DOW-UAP-D48, Department of the Air Force Report, 1996
Agency: Department of War
Incident date: 9/10/96
Page 101
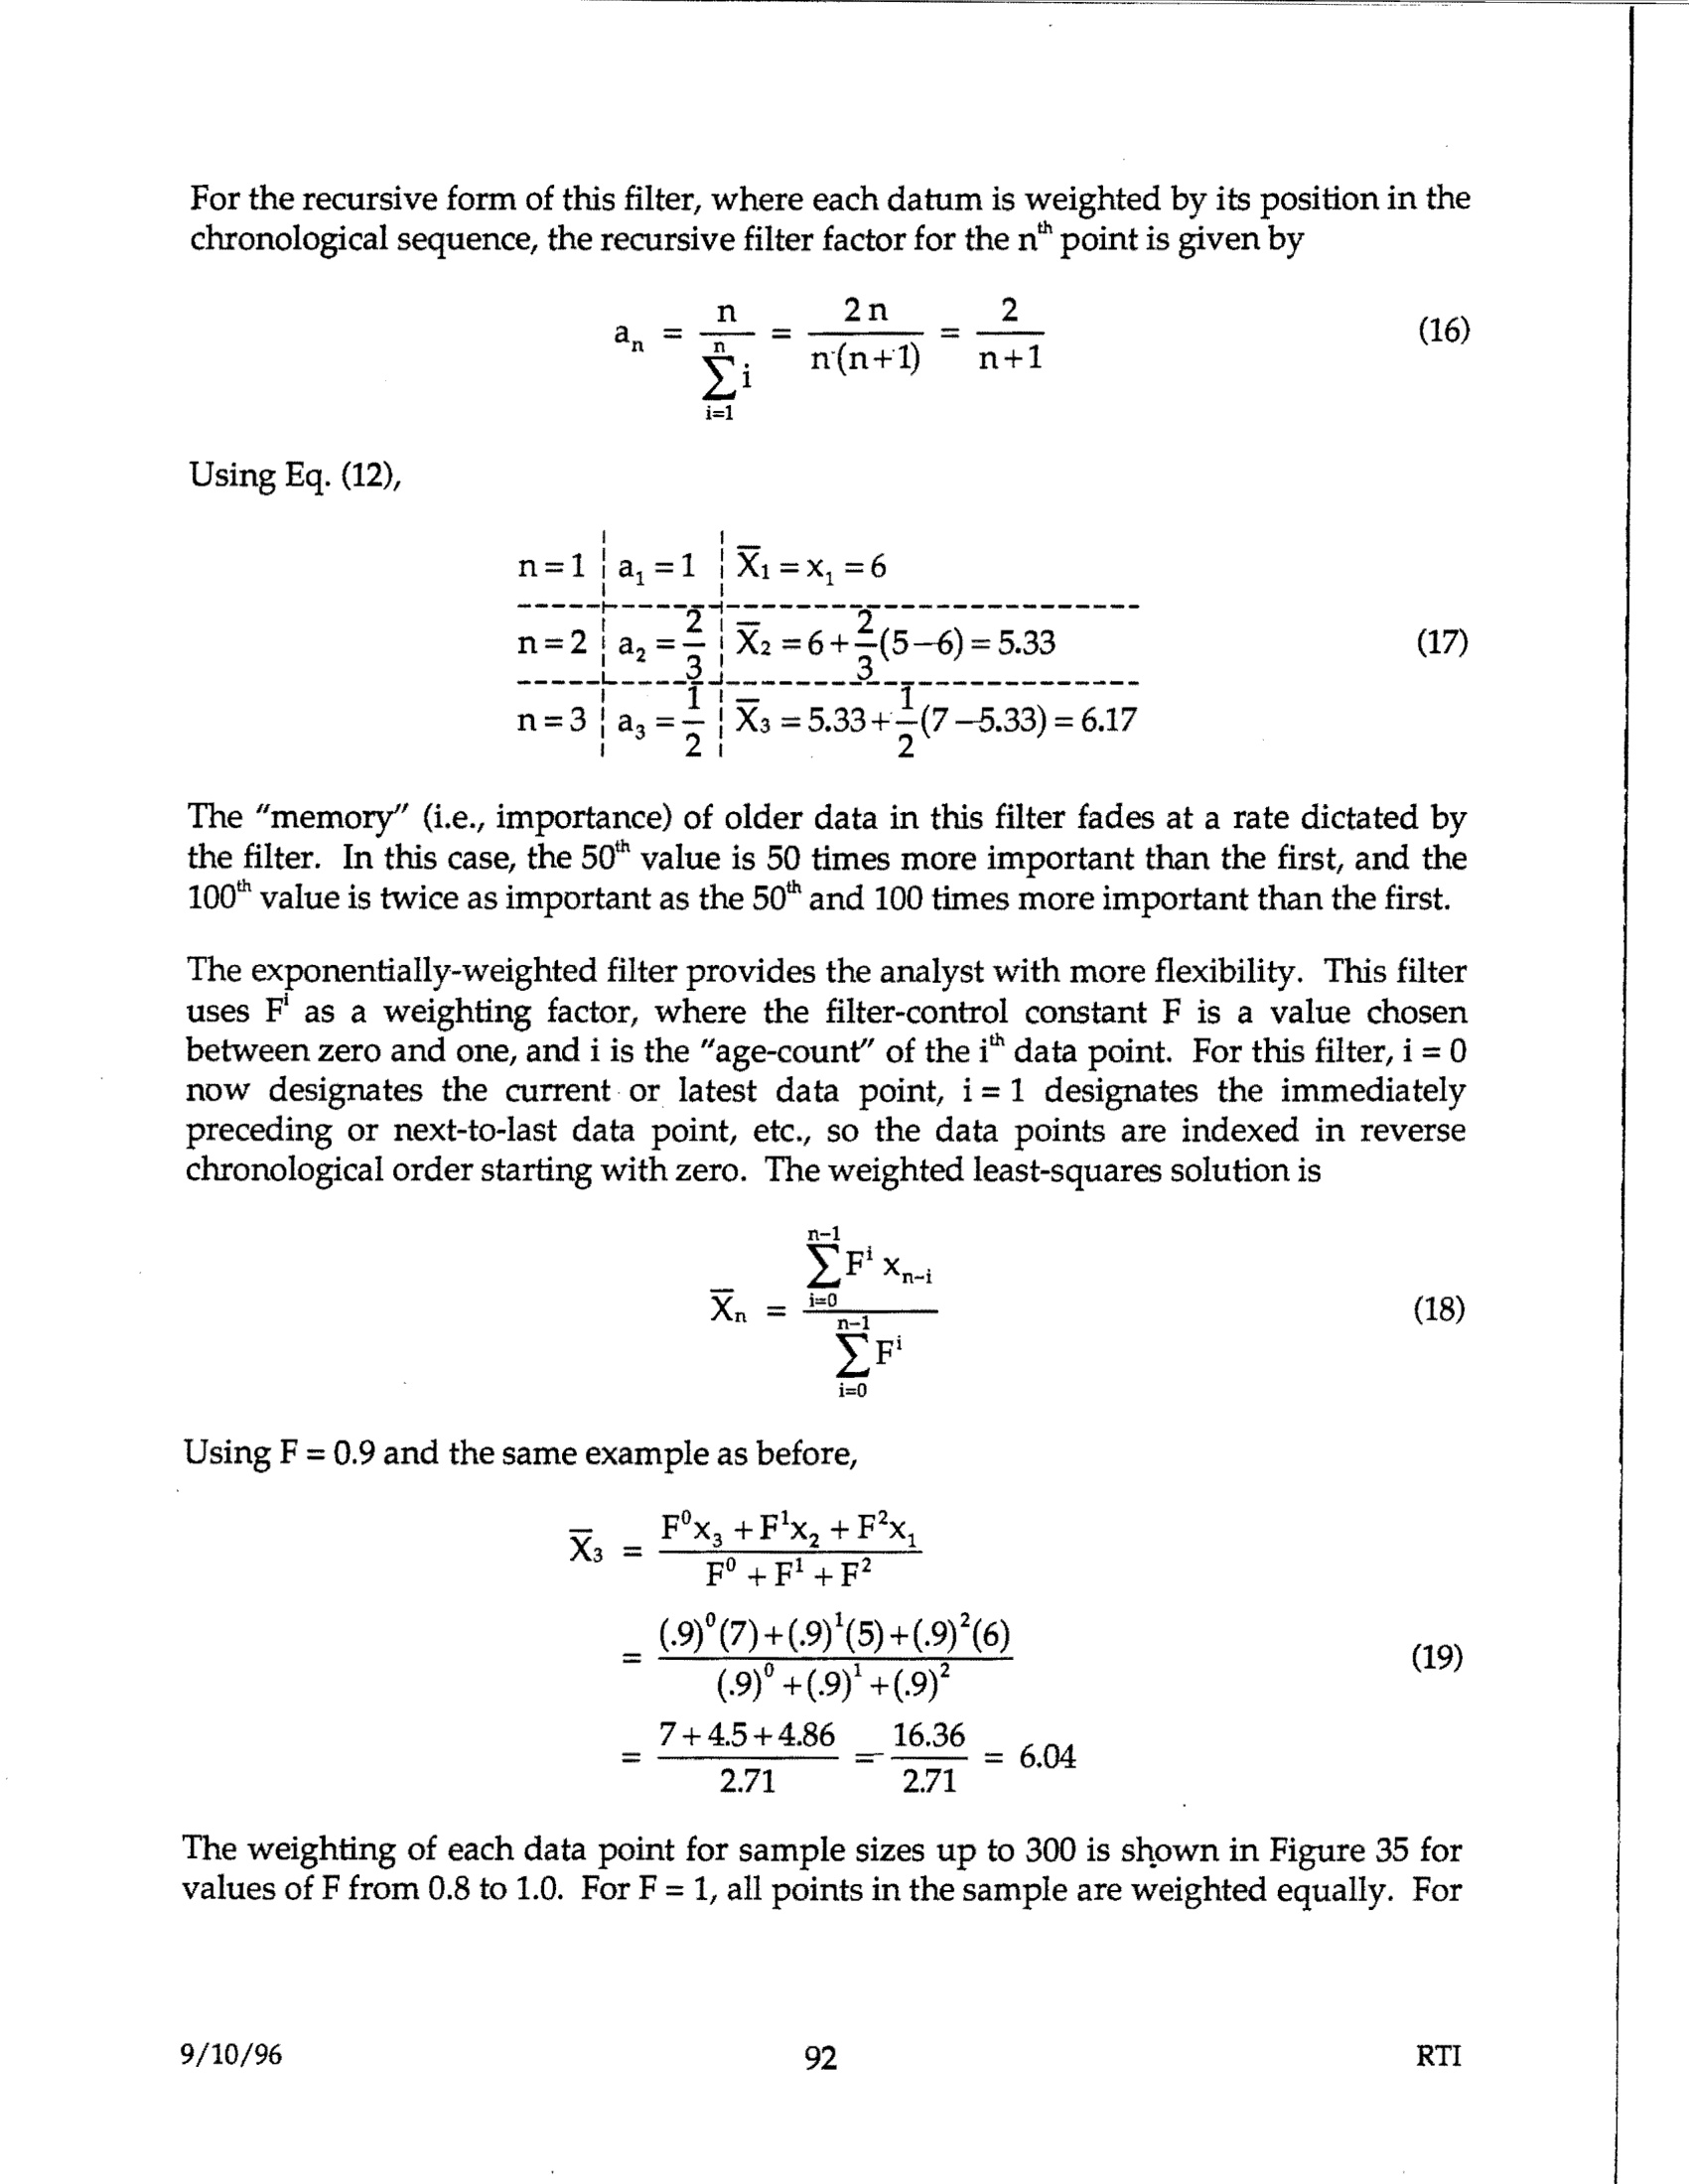